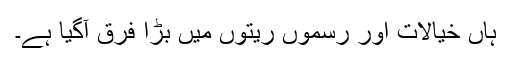
ہاں خیالات اور رسموں ریتوں میں بڑا فرق آگیا ہے۔